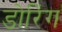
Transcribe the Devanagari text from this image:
डोरिंग